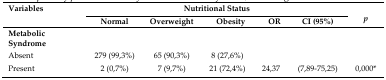
<table><thead><tr><td rowspan="3"><b>Variables</b></td><td colspan="5"><b>Nutritional Status</b></td><td rowspan="3"><b><i>p</i></b></td></tr><tr><td><b>Normal</b></td><td><b>Overweight</b></td><td><b>Obesity</b></td><td><b>OR</b></td><td><b>CI (95%)</b></td></tr></thead><tbody><tr><td><b>Metabolic Syndrome</b></td><td></td><td></td><td></td><td></td><td></td><td></td></tr><tr><td>Absent</td><td>279 (99,3%)</td><td>65 (90,3%)</td><td>8 (27,6%)</td><td></td><td></td><td></td></tr><tr><td>Present</td><td>2 (0,7%)</td><td>7 (9,7%)</td><td>21 (72,4%)</td><td>24,37</td><td>(7,89–75,25)</td><td>0,000<sup>*</sup></td></tr></tbody></table>